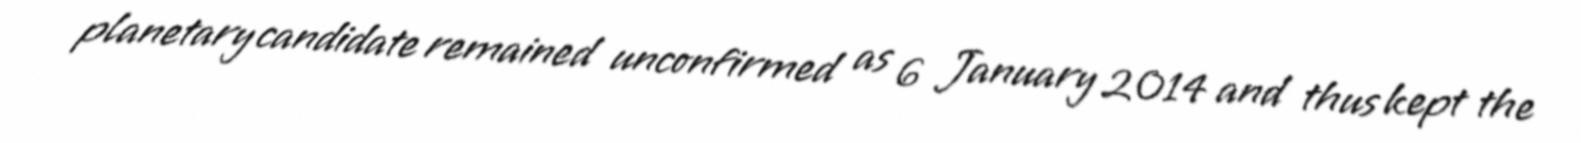
planetary candidate remained unconfirmed as 6 January 2014 and thus kept the